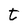
Character: t